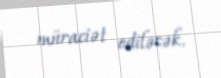
müraciət ediləcək.